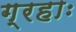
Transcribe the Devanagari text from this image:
ग्रहाः